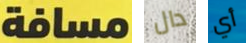
مسافة دال أي